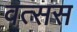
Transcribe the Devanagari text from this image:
वत्सस